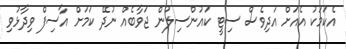
އެކަމަކު އެއަށް އަދިވެސް ސިޓީ ކައުންސިލުން ޖަވާބެއް ނުދޭ ކަމަށް އާސިފް ވިދާޅުވި